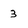
Character: 3